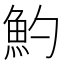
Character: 魡